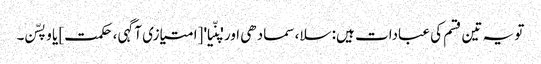
تو یہ تین قسم کی عبادات ہیں: سلا، سمادھی اور 'پنّیا' [امتیازی آگہی، حکمت] یا وپسّن۔